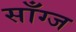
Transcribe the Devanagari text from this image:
साँग्ज